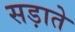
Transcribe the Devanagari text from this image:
सड़ाते